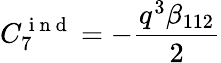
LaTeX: C_{7}^{\mathrm{~i~n~d~}}=-\frac{q^{3}\beta_{112}}{2}